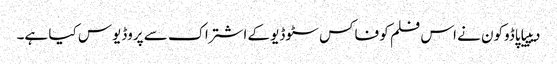
دیپیا پاڈوکون نے اس فلم کو فاکس سٹوڈیو کے اشتراک سے پروڈیوس کیا ہے۔